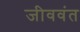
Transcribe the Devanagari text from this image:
जीववंत